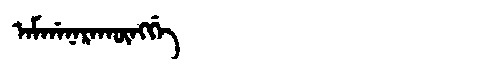
Manchu: ᠠᠮᡤᠠᠨᠠᡵᠠᡴᡡᠩᡤᡝ
Romanization: AMGANARAKŪNGGE